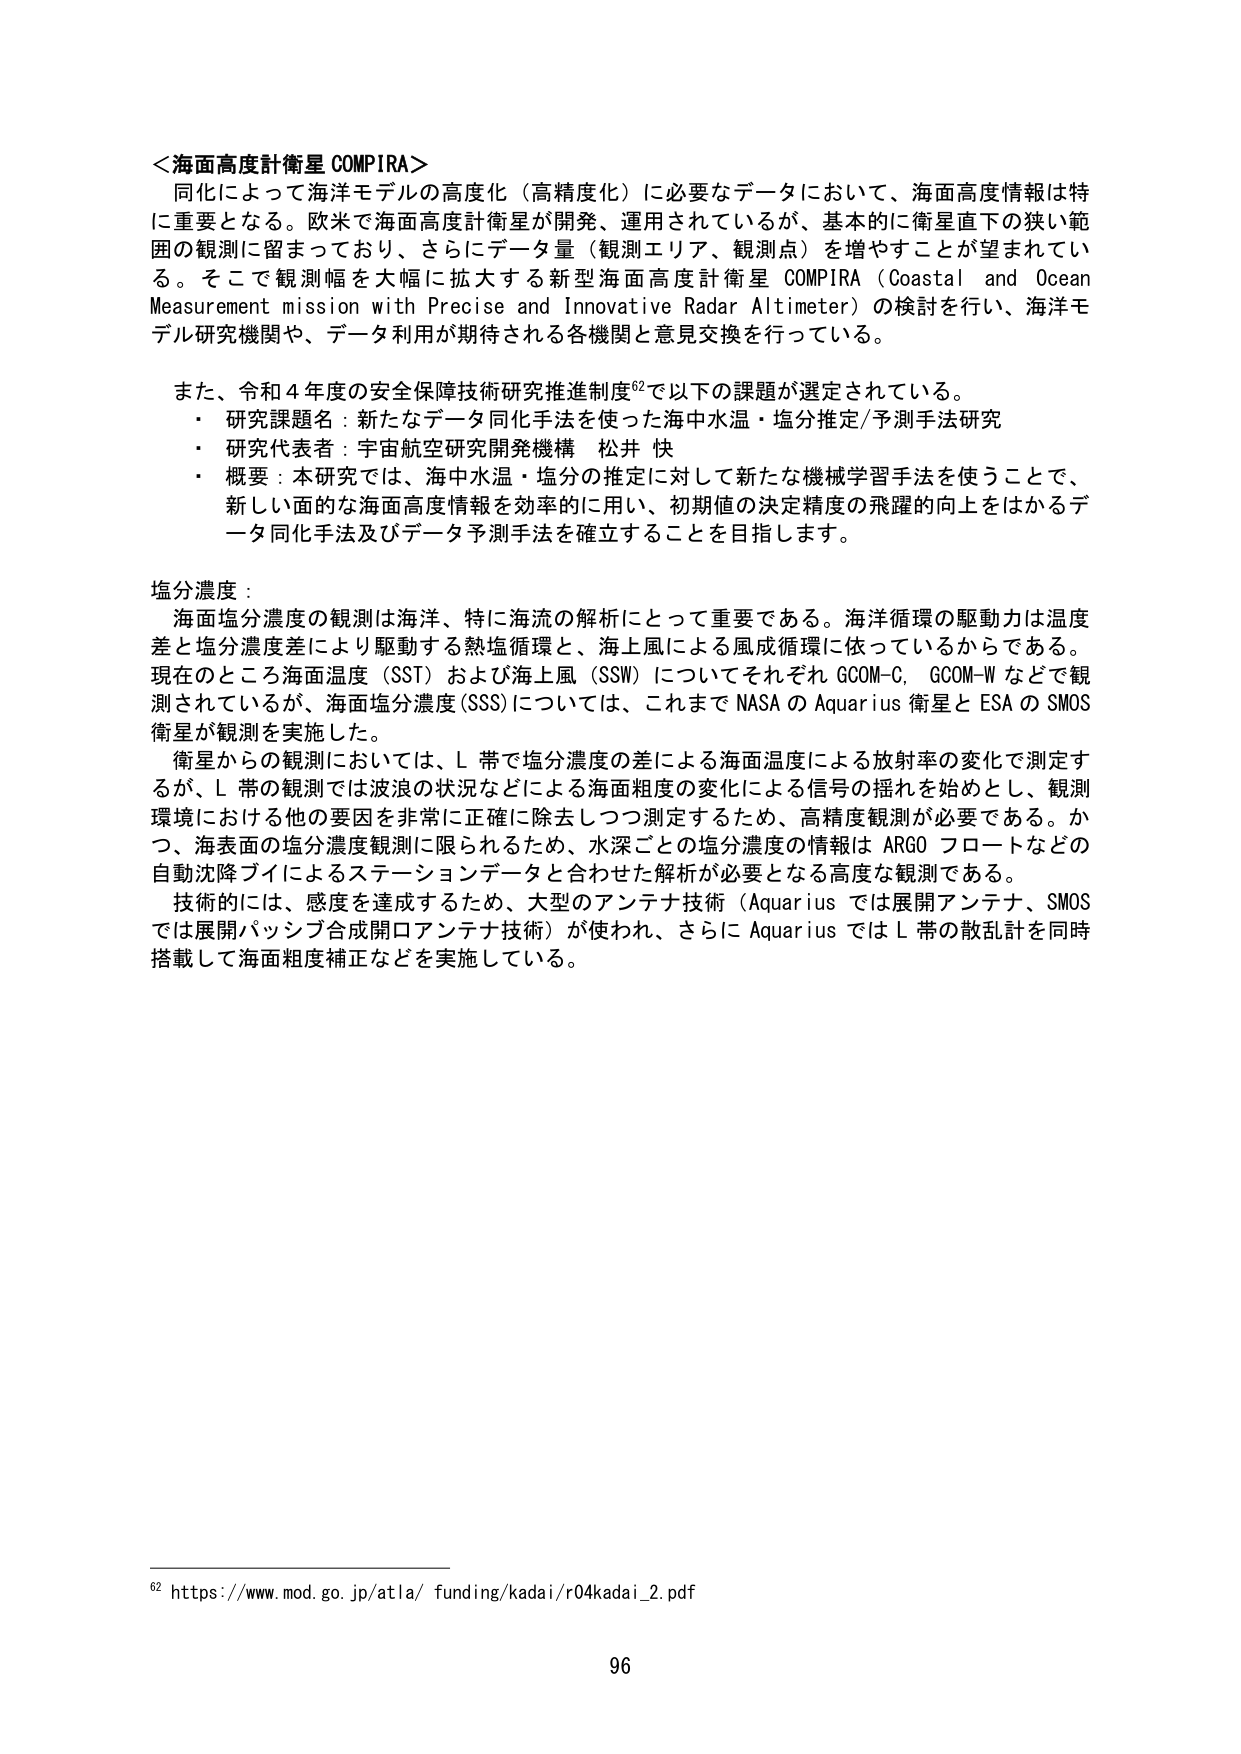
＜海面高度計衛星 COMPIRA＞
同化によって海洋モデルの高度化（高精度化）に必要なデータにおいて、海面高度情報は特に重要となる。欧米で海面高度計衛星が開発、運用されているが、基本的に衛星直下の狭い範囲の観測に留まっており、さらにデータ量（観測エリア、観測点）を増やすことが望まれている。そこで観測幅を大幅に拡大する新型海面高度計衛星 COMPIRA（Coastal and Ocean Measurement mission with Precise and Innovative Radar Altimeter）の検討を行い、海洋モデル研究機関や、データ利用が期待される各機関と意見交換を行っている。

また、令和４年度の安全保障技術研究推進制度⁶²で以下の課題が選定されている。
・ 研究課題名：新たなデータ同化手法を使った海中水温・塩分推定/予測手法研究
・ 研究代表者：宇宙航空研究開発機構 松井 快
・ 概要：本研究では、海中水温・塩分の推定に対して新たな機械学習手法を使うことで、新しい面的な海面高度情報を効率的に用い、初期値の決定精度の飛躍的向上をはかるデータ同化手法及びデータ予測手法を確立することを目指します。

塩分濃度：
海面塩分濃度の観測は海洋、特に海流の解析にとって重要である。海洋循環の駆動力は温度差と塩分濃度差により駆動する熱塩循環と、海上風による風成循環に依っているからである。現在のところ海面温度（SST）および海上風（SSW）についてそれぞれ GCOM-C、GCOM-W などで観測されているが、海面塩分濃度（SSS）については、これまで NASA の Aquarius 衛星と ESA の SMOS 衛星が観測を実施した。
衛星からの観測においては、L 帯で塩分濃度の差による海面温度による放射率の変化で測定するが、L 帯の観測では波浪の状況などによる海面粗度の変化による信号の揺れを始めとし、観測環境における他の要因を非常に正確に除去しつつ測定するため、高精度観測が必要である。かつ、海表面の塩分濃度観測に限られるため、水深ごとの塩分濃度の情報は ARGO フロートなどの自動沈降ブイによるステーションデータと合わせた解析が必要となる高度な観測である。
技術的には、感度を達成するため、大型のアンテナ技術（Aquarius では展開アンテナ、SMOS では展開パッシブ合成開口アンテナ技術）が使われ、さらに Aquarius では L 帯の散乱計を同時搭載して海面粗度補正などを実施している。

⁶² https://www.mod.go.jp/atla/funding/kadai/r04kadai_2.pdf

96